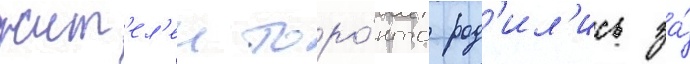
жит'ел'еи торо́нто род'ил'ись за́